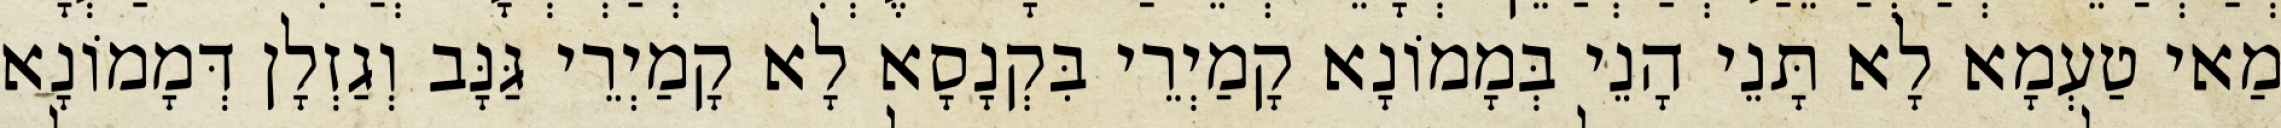
מַאי טַעְמָא לָא תָּנֵי הָנֵי בְּמָמוֹנָא קָמַיְרֵי בִּקְנָסָא לָא קָמַיְרֵי גַּנָּב וְגַזְלָן דְּמָמוֹנָא